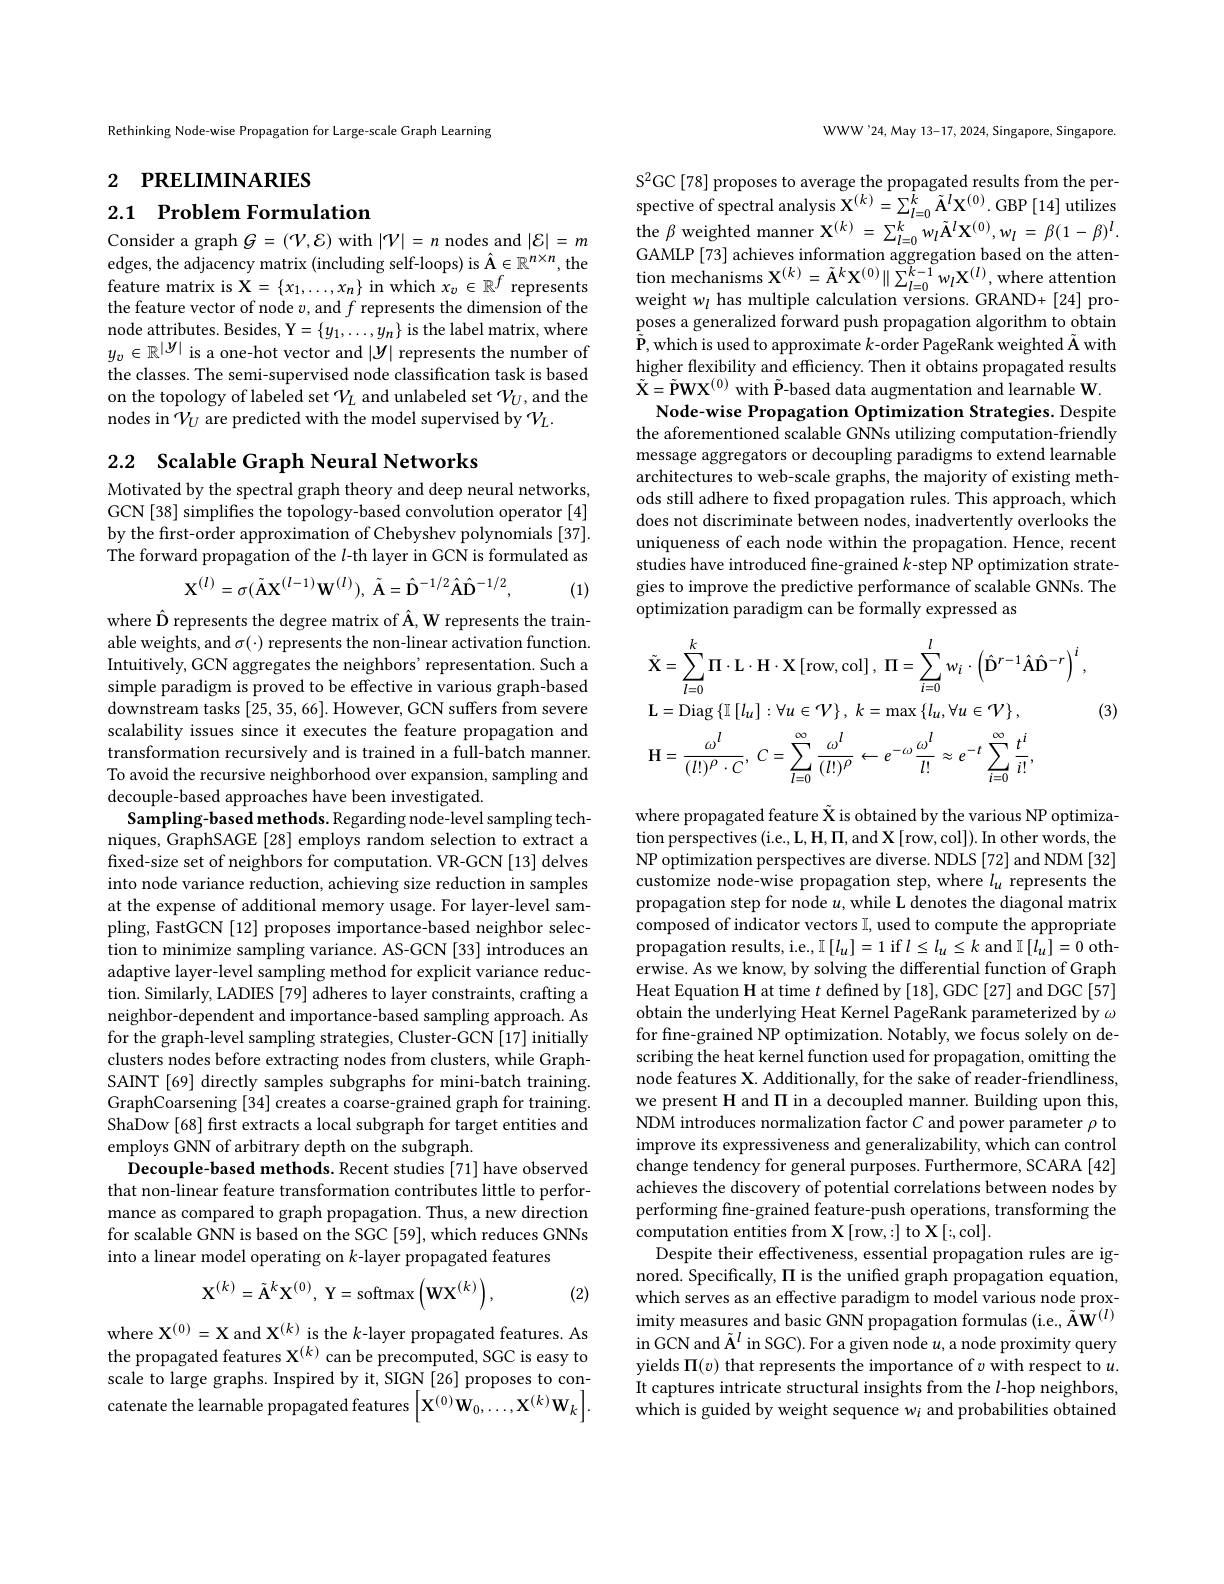
Rethinking Node-wise Propagation for Large-scale Graph Learning

2 РRELIMINARIES

2.1 Problem Formulation

Consider a graph $G=(\mathcal V,\mathcal{E})$ with $|\mathcal V|=n$ nodes and $|\mathcal{E}|=m$ edges, the adjacency matrix (including self-loops) is Â$\in\mathbb{R}^n\times n$, the feature matrix is $\mathbf{X}=\{x_1,\ldots,x_n\}$ in which $x_v\in\mathbb{R}^f$ represents the feature vector of node $v$,and $f$ represents the dimension of the node attributes. Besides, Y$= \{ y_{1}, \ldots , y_{n}\}$ is the label matrix, where $y_{v}\in \mathbb{R} ^{| \boldsymbol{y}| }$ is a one- hot vector and $| \boldsymbol{y}|$ represents the number of the classes. The semi-supervised node classification task is based on the topology of labeled set $\mathcal{V}_L$ and unlabeled set $\mathcal{V}_U$,and the nodes in $\mathcal V_U$ are predicted with the model supervised by $\mathcal V_L.$

## 2.2 Scalable Graph Neural

Motivated by the spectral graph theory and deep neural networks, GCN[38] simplifies the topology-based convolution operator [4] by the first-order approximation of Chebyshev polynomials [37]. The forward propagation of the $l$-th layer in GCN is formulated as
$$\mathbf{X}^{(l)}=\sigma(\tilde{\mathbf{A}}\mathbf{X}^{(l-1)}\mathbf{W}^{(l)}),\:\tilde{\mathbf{A}}=\hat{\mathbf{D}}^{-1/2}\hat{\mathbf{A}}\hat{\mathbf{D}}^{-1/2},$$
(1)

where Ô represents the degree matrix of Â, W represents the trainable weights, and $\sigma(\cdot)$ represents the non-linear activation function. Intuitively, GCN aggregates the neighbors' representation. Such a simple paradigm is proved to be effective in various graph-based downstream tasks [25,35,66]. However, GCN suffers from severe scalability issues since it executes the feature propagation and transformation recursively and is trained in a full-batch manner. To avoid the recursive neighborhood over expansion, sampling and decouple-based approaches have been investigated.
Sampling-based methods. Regarding node-level sampling techniques, GraphSAGE [28] employs random selection to extract a fixed-size set of neighbors for computation. VR-GCN [13] delves into node variance reduction, achieving size reduction in samples at the expense of additional memory usage. For layer-level sampling, FastGCN [12] proposes importance-based neighbor selection to minimize sampling variance. AS-GCN [33] introduces an adaptive layer-level sampling method for explicit variance reduction. Similarly, LADIES [79] neighbor-dependent and importance-based sampling approach. As for the graph-level sampling strategies, Cluster-GCN[17] initially clusters nodes before extrac SAINT [69] directly samples subgraphs for mini-batch training. GraphCoarsening[34] creates ShaDow [68] first extracts a local subgraph for target entities and employs GNN of arbitrary dep
Decouple-based methods. Recent studies [71] have observed that non-linear feature transformation contributes little to performance as compared to graph propagation. Thus, a new direction for scalable GNN is based on into a linear model operatin
$$\mathbf{X}^{(k)}=\tilde{\mathbf{A}}^{k}\mathbf{X}^{(0)},\:\mathbf{Y}=\mathrm{softmax}\left(\mathbf{WX}^{(k)}\right),$$
(2)

where $\mathbf{X}^{(0)}=\mathbf{X}$ and $\mathbf{X}^{(k)}$ is the $k$-layer propagated features. As the propagated features X$^{(k)}$ can be precomputed, SGC is easy to scale to large graphs. Inspired by it, SIGN [26] proposes to concatenate the learnable propa

WWW'24,May 13-17, 2024, Singapore, Singapore.

S$^2$GC[78] proposes to average the propagated results from the perspective of spectral analysis $\mathbf{X} ^{( k) }= \sum _{l= 0}^{k}\tilde{\mathbf{A} } ^{l}\mathbf{X} ^{( 0) }.$GBP$\left [ 14\right ]$utilizes the $\beta$ weighted manner $\mathbf{X} ^{( k) }= \sum _{l= 0}^{k}w_{l}\tilde{\mathbf{A} } ^{l}\mathbf{X} ^{( 0) }, w_{l}= \beta ( 1- \beta ) ^{l}.$ GAMLP [73] achieves information aggregation based on the atte $\text{tion mechanisms X}^{(k)}$ poses a generalized forward push propagation algorithm to obtain $\tilde{\mathbf{P}}$,which is used to ap higher flexibility and effic $\tilde{\mathbf{X}}=\tilde{\mathbf{P}}\mathbf{W}\mathbf{X}^{(0)}$w
Node-wise Propagation Optimi the aforementioned scalable message aggregators or decou architectures to web-scale g ods still adhere to fixed propagation rules. This approach, which does not discriminate betwee uniqueness of each node within the propagation. Hence, recent studies have introduced fine gies to improve the predicti optimization paradigm can be formally expressed as
$$\begin{aligned}&\tilde{\mathbf{X}}=\sum_{l=0}^{k}\Pi\cdot\mathbf{L}\cdot\mathbf{H}\cdot\mathbf{X}\left[\mathrm{row},\mathrm{col}\right],\:\Pi=\sum_{i=0}^{l}w_{i}\cdot\left(\hat{\mathbf{D}}^{r-1}\hat{\mathbf{A}}\hat{\mathbf{D}}^{-r}\right)^{i},\\&\mathbf{L}=\mathrm{Diag}\left\{\mathbb{I}\left[l_{u}\right]:\forall u\in\mathcal{V}\right\},\:k=\mathrm{max}\left\{l_{u},\forall u\in\mathcal{V}\right\},\\&\mathbf{H}=\frac{\omega^{l}}{(l!)^{\rho}\cdot C},\:C=\sum_{l=0}^{\infty}\frac{\omega^{l}}{(l!)^{\rho}}\leftarrow e^{-\omega}\frac{\omega^{l}}{l!}\approx e^{-t}\sum_{i=0}^{\infty}\frac{t^{i}}{i!},\end{aligned}$$
(3)

where propagated feature $\tilde{\text{X is obtained by the various NP optimiza-}}$ tion perspectives (i.e., L, H, $\Pi$,and X[row,col]). In other words, the NP optimization perspectives are diverse. NDLS [72] and NDM [32] customize node-wise propagat propagation step for node $u$ composed of indicator vectors I, used to compute the appropriate propagation results, i.e., erwise. As we know, by solving the differential function of Graph Heat Equation H at time $t$ defined by [18], GDC [27] and DGC [57] obtain the underlying Heat K for fine-grained NP optimiza scribing the heat kernel fun node features X. Additionall we present H and $\Pi$ in a de NDM introduces normalization improve its expressiveness a change tendency for general achieves the discovery of po performing fine-grained feat computation entities from X
Despite their effectiveness, essential propagation rules are ignored. Specifically, $\Pi$ is which serves as an effective paradigm to model various node proximity measures and basic GNN propagation formula in GCN and $\tilde{\mathbf{A}}^l$ in SGC). For a given node $u$, a node proximity query yields $\Pi(v)$ that represent It captures intricate structural insights from the $l$-hop neighbors, which is guided by weight sequence $w_i$ and probabilities obtained